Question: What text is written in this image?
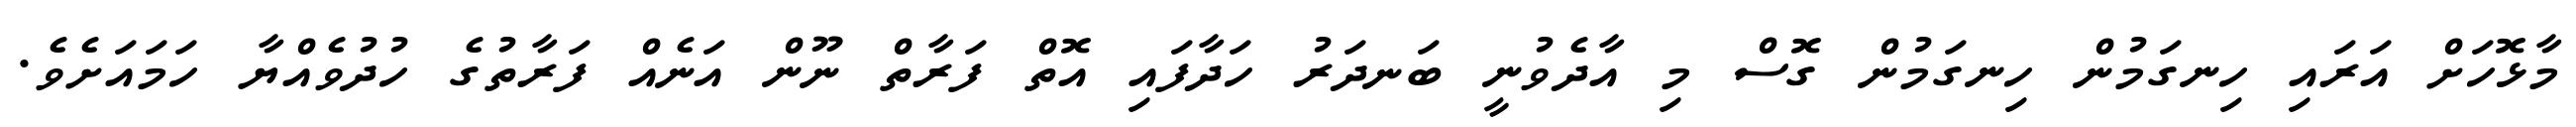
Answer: މާޅޮހަށް އަރައި ހިނގަމުން ހިނގަމުން ގޮސް މި އާދެވުނީ ބަނދަރު ހަދާފައި އޮތް ފަރާތް ނޫން އަނެއް ފަރާތުގެ ހުދުވެއްޔާ ހަމައަށެވެ.